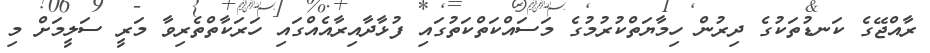
ރާއްޖޭގެ ކަނޑުތަކުގެ ދިރުން ހިމާޔަތްކުރުމުގެ މަސައްކަތްކަތުގައި ފުޅާދާއިރާއެއްގައި ހަރަކާތްތެރިވާ މަރީ ސަލީމަށް މި